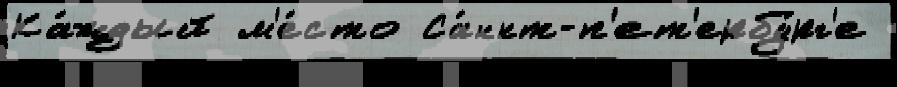
Ка́ждый м'е́сто Са́нкт-п'ет'ербу́рг'е